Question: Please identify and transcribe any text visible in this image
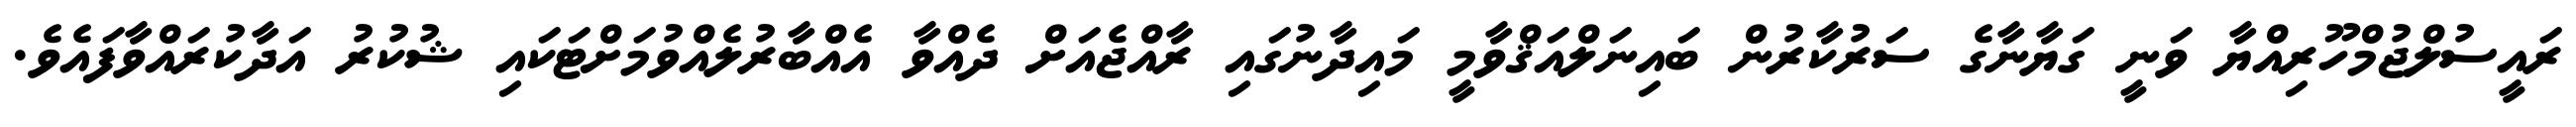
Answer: ރައީސުލްޖުމްހޫރިއްޔާ ވަނީ ގަޔާނާގެ ސަރުކާރުން ބައިނަލްއަޤްވާމީ މައިދާނުގައި ރާއްޖެއަށް ދެއްވާ އެއްބާރުލެއްވުމަށްޓަކައި ޝުކުރު އަދާކުރައްވާފައެވެ.